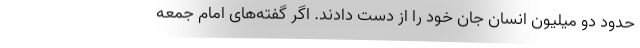
حدود دو میلیون انسان جان خود را از دست دادند. اگر گفته‌های امام جمعه